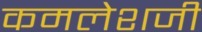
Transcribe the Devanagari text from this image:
कमलेशजी